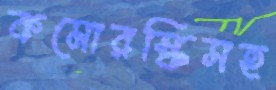
কমোরস্কিসহ